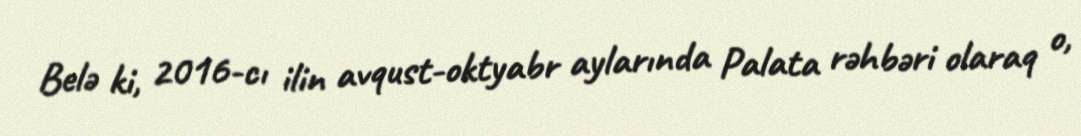
Belə ki, 2016-cı ilin avqust-oktyabr aylarında Palata rəhbəri olaraq o,